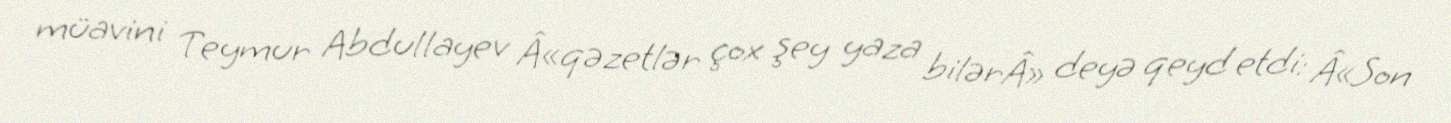
müavini Teymur Abdullayev Â«qəzetlər çox şey yaza bilərÂ» deyə qeyd etdi: Â«Son